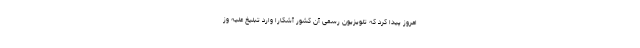
امروز پیدا کرد که تلویزیون رسمی آن کشور آشکارا وارد تبلیغ علیه وز